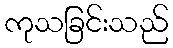
ကုသခြင်းသည်